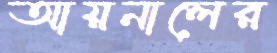
আয়নালের